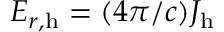
\ensuremath { E _ { r , \mathrm { h } } } = ( 4 \pi / c ) \ensuremath { J _ { \mathrm { h } } }